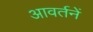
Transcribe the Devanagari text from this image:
आवर्तनें